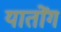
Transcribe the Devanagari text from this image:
यातोंग